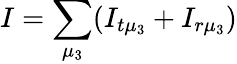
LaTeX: I=\sum_{\mu_{3}}(I_{t\mu_{3}}+I_{r\mu_{3}})